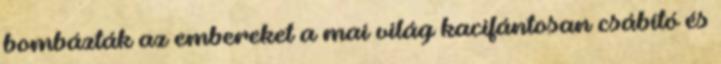
bombázták az embereket a mai világ kacifántosan csábító és